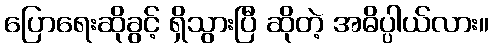
ပြောရေးဆိုခွင့် ရှိသွားပြီ ဆိုတဲ့ အဓိပ္ပါယ်လား။